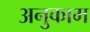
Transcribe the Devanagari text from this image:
अनुकाम